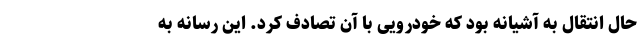
حال انتقال به آشیانه بود که خودرویی با آن تصادف کرد. این رسانه به